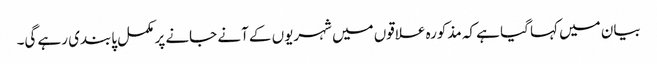
بیان میں کہا گیا ہے کہ مذکورہ علاقوں میں شہریوں کے آنے جانے پر مکمل پابندی رہے گی۔